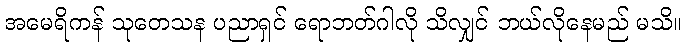
အမေရိကန် သုတေသန ပညာရှင် ရောဘတ်ဂါလို သိလျှင် ဘယ်လိုနေမည် မသိ။